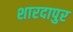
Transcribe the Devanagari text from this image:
शारदापुर